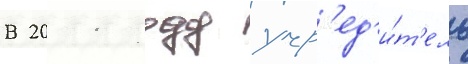
В 2011 году учр'ед'и́т'ель